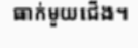
ធាក់មួយជើង។